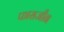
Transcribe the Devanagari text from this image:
फासजीन